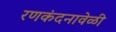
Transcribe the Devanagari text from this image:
रणकंदनावेळी